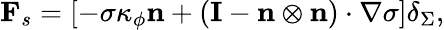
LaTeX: {{\mathbf{F}}_{s}}=\left[{-\sigma{\kappa_{\phi}}{\mathbf{n}}+\left({{\mathbf{I}}-{\mathbf{n}}\otimes{\mathbf{n}}}\right)\cdot\nabla\sigma}\right]{\delta_{\Sigma}},